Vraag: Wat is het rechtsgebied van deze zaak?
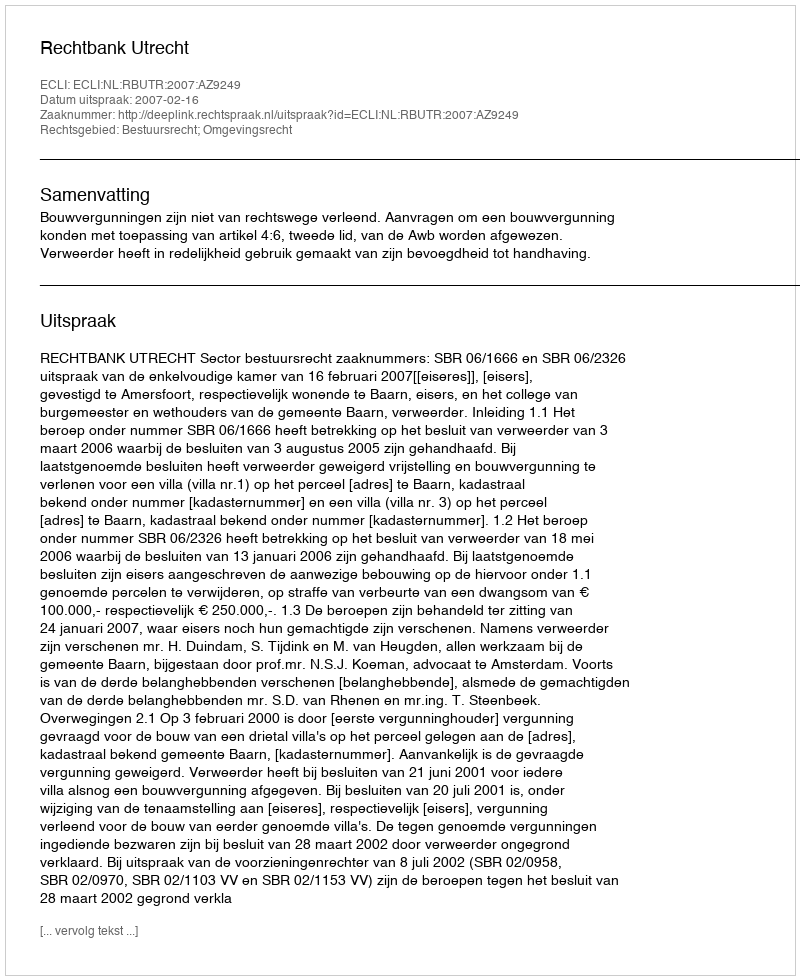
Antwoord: Bestuursrecht; Omgevingsrecht